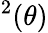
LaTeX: ^2(\theta)